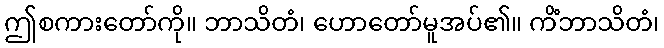
ဤစကားတော်ကို။ ဘာသိတံ၊ ဟောတော်မူအပ်၏။ ကိံဘာသိတံ၊